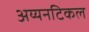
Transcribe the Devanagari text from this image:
अय्यनटिकल